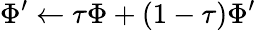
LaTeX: \Phi^{\prime}\leftarrow\tau\Phi+(1-\tau)\Phi^{\prime}